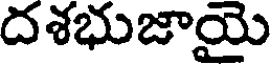
దశభుజాయై